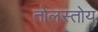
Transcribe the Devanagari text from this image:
तोलस्तोय